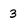
Character: 3